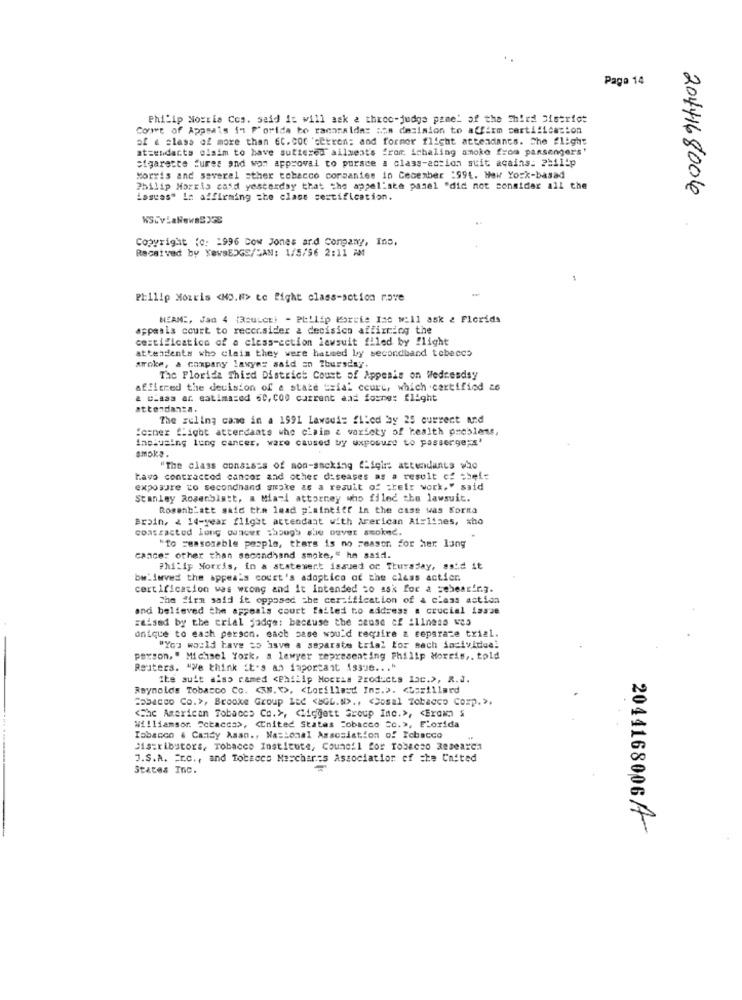
..
Page 14
Philip Morris Cos. said it will ask a three-judge pamel of the Shied District
Comet of Appsais in Florida to racanaldas :; s decision to affirm certification
of a class of more than 6C. COC 'cekren; and former flight attendants. The flight
attendants elaim to have suttered ailments from, ichaling smoke from passengers'
Sigarette fures and won approval to pursce a class-action suit acains: 2:11:p
Morris and several sther tobacco companies in Cecember :994. How York-basad
Philip Morris casd yesterday that the appellate pasel "did not consider all the
2044168004
Lascas" In affirming che clase certification.
Copyright (c: 1996 Dow Jones and Company, Ino,
Received by KevsEDGE/CAN: 1/5/96 2:11 AM
Philip Morris <NO.#> to fight class-sotion nove
MEAM :, Jad 4 (3suLet) - Philip Porcie Ise will ask & Florida
appeals court to reccrsider a decision affixing the
certificatice of a class-action lawsuit filed by flight
attendents who claim they were hatmed by secondband tobeccs
aroke, a company lawyer said an ?buraday.
Tac Florida Thisd District Court of Appeals on Wednesday
afficred the decision of a state "xial court, which .certified 26
& class ar. eatimszed 6C, C00 current and foxne: flight
attendanta.
The ruling came in a 1991 Lawouis filed by 25 current and
"ciner flight attendants who claim & variety of health problems,
inclusing lung cancer. ware caused by uxposure to passerge;s'
smoks.
"The class consists of non-smoking Chiqirs attendants who
havo contractod cancer and other diseases as a result of thef=
exposure to secondhand smoke as a result of their work." said
Stanley Rosenblatt, a Miari attorney who filed the lawsuit.
Rosenblatt said the lead plaintiff in the case was Korna
Brain, 2 14-year flight attendant with American Airlines, xho
contracted long ouncer though she ouver smoked.
"To reasonable people, thers is no reason for her lang
cances other than secondhand smoke," he said.
Philip Morris, in a statement issued or Thursday, asid it
bw.imved the appeals court's adoptico of the class actier.
certification was wrong and it Intended to ask for a sebearing.
The firm said it opposed the certification of a class action
and believed the appeals court failed to address a crucial Lasse
:&ised by the erial judge: because the sense of :11ness was
onique to each person. each case would require a separate trial.
"You would have to isve a separate trial for mach individuel
person, " Michael York, a lawyer representing Philip Morris ,. told
Reuters. "We think it's an important issue ... "
the suit alss ramed <Philip Morris Products Inc.), R.J.
Reynolds Tobacco Co. < N. ">, < Lorillard Ins.>. < uszillard
Tabacco Co.>, Brooke Group LEC <BGL.N> .. < Cosal Tobacco Comp.>.
<The American Tobacco Co.>, < liggatt Group Inc.>, < Eromn &
Williamsor. Sotacca>, < nited States Tobacco co.>, Florida
Tabacco . Candy Maan ., Nasional Association of Tobacco
Distributors, Tobacco Institute, Council for Tobacco Research
J.S.A. Er.c ., and Tobacco Maschares Association of the United
States Inc.
20441680064